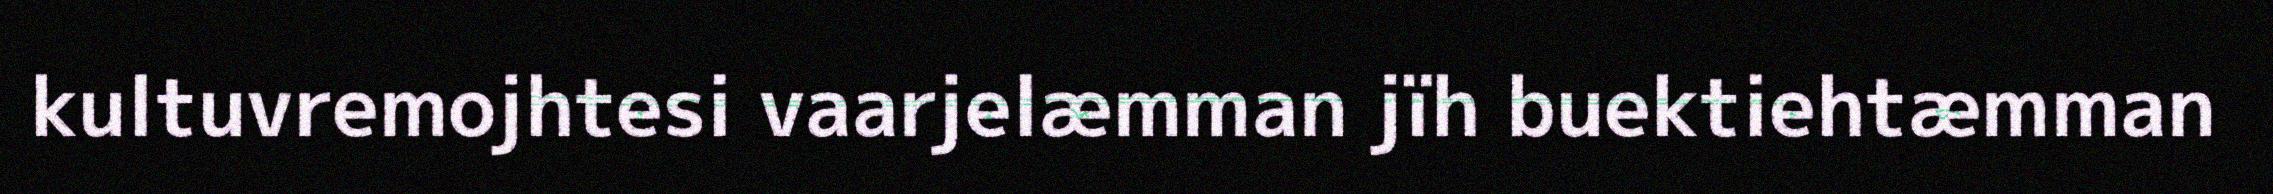
kultuvremojhtesi vaarjelæmman jïh buektiehtæmman